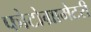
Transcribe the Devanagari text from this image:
फोटोग्रामेटरी